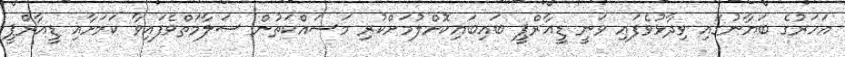
އަހަރުގެ ބަޔާނުގައި ވިދާޅުވެފައި ވަނީ ޑީއާރްޕީ ބައިބައިކޮށްލުމަށްކުރި މަސައްކަތުން ސަލާމަތްވެފައިވާ ކަމަށާއި ޑީއާރްޕީ